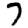
Digit: 7